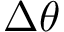
\Delta \theta